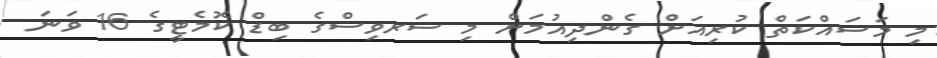
މި މަސައްކަތް ކުރިއަށް ގެންދިއުމަށް މި ސަރވިސްގެ ބިޑް ކޮމެޓީގެ 16 ވަނަ